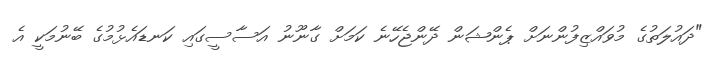
"ދައުލަތުގެ މުވައްޒިފުންނަށް ޕެންޝަން ދޭންޖެހޭނެ ކަމަށް ގާނޫނު އަސާސީގައި ކަނޑައެޅުމުގެ ބޭނުމަކީ އެ